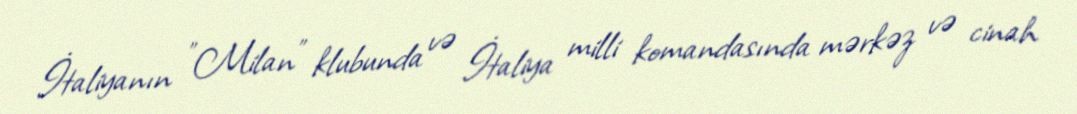
İtaliyanın "Milan" klubunda və İtaliya milli komandasında mərkəz və cinah